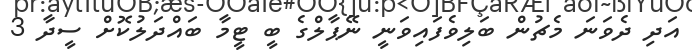
އަދި ދެވަނަ މެޗުން ބަލިވެފައިވަނީ ނޭޕާލްގެ ބީ ޓީމާ ބައްދަލުކޮށް ސީދާ 3